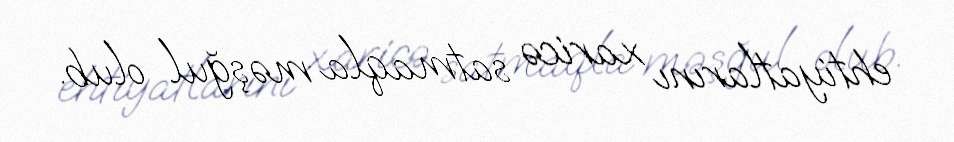
ehtiyatlarını xaricə satmaqla məşğul olub.